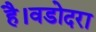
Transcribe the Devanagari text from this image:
है।वडोदरा